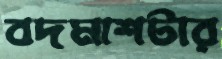
বদমাশটার